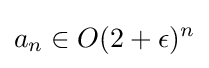
a_{n}\in O(2+\epsilon )^{n}